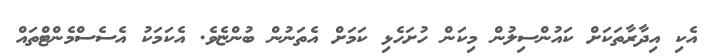
އެކި އިދާރާތަކަށް ކައުންސިލުން މިކަން ހުށަހެޅި ކަމަށް އެތަނުން ބުންޏެވެ. އެކަމަކު އެސެސްމެންޓްތައް